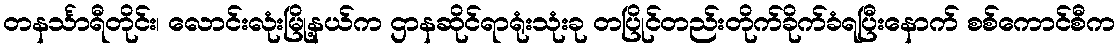
တနင်္သာရီတိုင်း၊ လောင်းလုံးမြို့နယ်က ဌာနဆိုင်ရာရုံးသုံးခု တပြိုင်တည်းတိုက်ခိုက်ခံရပြီးနောက် စစ်ကောင်စီက